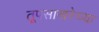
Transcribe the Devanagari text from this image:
तूपसाखरेच्या